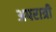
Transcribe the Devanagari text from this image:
अपरात्री